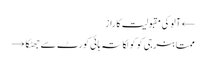
← آلوکی مقبولیت کا راز
ممتابنرجی کوکولکاتہ ہائی کورٹ سے جھٹکا →